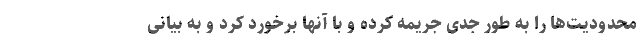
محدودیت‌ها را به طور جدی جریمه کرده و با آنها برخورد کرد و به بیانی